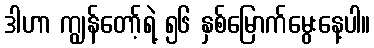
ဒါဟာ ကျွန်တော့်ရဲ့ ၅၆ နှစ်မြောက်မွေးနေ့ပါ။